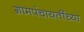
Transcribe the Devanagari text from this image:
ग्रामपंचायतींच्या